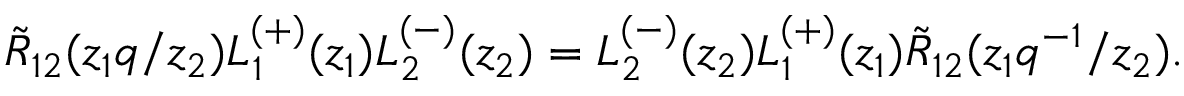
\tilde { R } _ { 1 2 } ( z _ { 1 } q / z _ { 2 } ) L _ { 1 } ^ { ( + ) } ( z _ { 1 } ) L _ { 2 } ^ { ( - ) } ( z _ { 2 } ) = L _ { 2 } ^ { ( - ) } ( z _ { 2 } ) L _ { 1 } ^ { ( + ) } ( z _ { 1 } ) \tilde { R } _ { 1 2 } ( z _ { 1 } q ^ { - 1 } / z _ { 2 } ) .